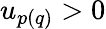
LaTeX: u_{p(q)}>0